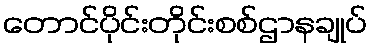
တောင်ပိုင်းတိုင်းစစ်ဌာနချုပ်